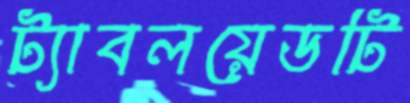
ট্যাবলয়েডটি